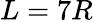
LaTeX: L=7R